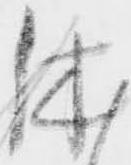
休